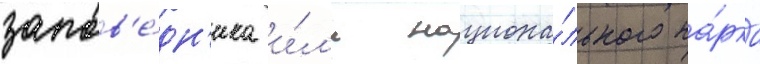
запов'е́дн'ика и́л'и национа́льного па́рка